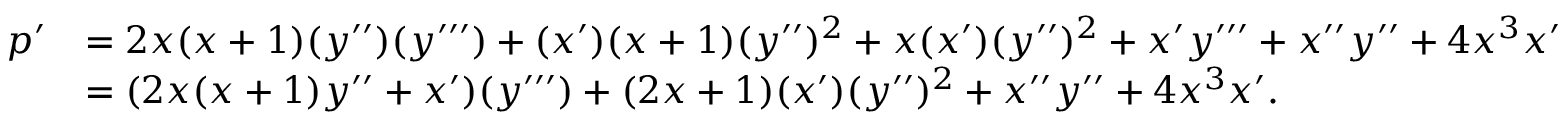
\begin{array} { r l } { p ^ { \prime } } & { = 2 x ( x + 1 ) ( y ^ { \prime \prime } ) ( y ^ { \prime \prime \prime } ) + ( x ^ { \prime } ) ( x + 1 ) ( y ^ { \prime \prime } ) ^ { 2 } + x ( x ^ { \prime } ) ( y ^ { \prime \prime } ) ^ { 2 } + x ^ { \prime } y ^ { \prime \prime \prime } + x ^ { \prime \prime } y ^ { \prime \prime } + 4 x ^ { 3 } x ^ { \prime } } \\ & { = ( 2 x ( x + 1 ) y ^ { \prime \prime } + x ^ { \prime } ) ( y ^ { \prime \prime \prime } ) + ( 2 x + 1 ) ( x ^ { \prime } ) ( y ^ { \prime \prime } ) ^ { 2 } + x ^ { \prime \prime } y ^ { \prime \prime } + 4 x ^ { 3 } x ^ { \prime } . } \end{array}